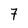
Character: 7